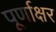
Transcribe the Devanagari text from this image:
पूर्णाक्षर